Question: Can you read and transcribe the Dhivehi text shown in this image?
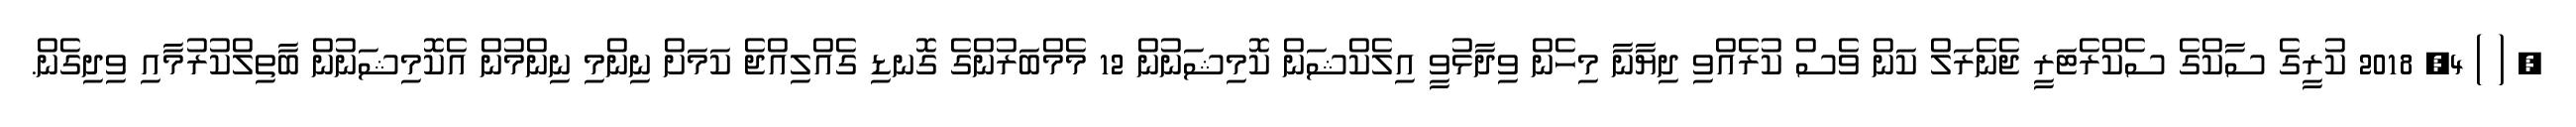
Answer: ? ( ) 4, 2018 ކުރީގެ ސާކްގެ ސެކްރެޓަރީ ޖެނެރަލް ކަން ވެސް ކުރެއްވި ދިޔާނާ މިހެން ވިދާޅުވީ އިލެކްޝަން ކޮމިޝަނުން 12 މެމްބަރުންގެ ގޮނޑި ގެއްލިއްޖެ ކަމަށް ނިންމި ނިންމުން އެކޮމިޝަނުން ބާތިލްކުރުމާއި ވިދިގެން.